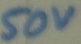
Text: 50V